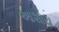
આશાય